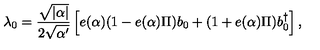
\lambda _ { 0 } = \frac { \sqrt { | \alpha | } } { 2 \sqrt { \alpha ^ { \prime } } } \left[ e ( \alpha ) ( 1 - e ( \alpha ) \Pi ) b _ { 0 } + ( 1 + e ( \alpha ) \Pi ) b _ { 0 } ^ { \dagger } \right] ,